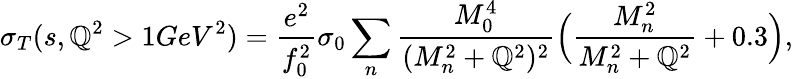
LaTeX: \sigma_{T}(s,\mathbb{Q}^{2}>1GeV^{2})=\frac{{e^{2}}}{{f_{0}^{2}}}\sigma_{0}\sum_{n}\frac{{M_{0}^{4}}}{{(M_{n}^{2}+\mathbb{Q}^{2})^{2}}}\Big(\frac{{M_{n}^{2}}}{{M_{n}^{2}+\mathbb{Q}^{2}}}+0.3\Big),